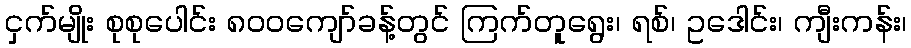
ငှက်မျိုး စုစုပေါင်း ၈၀၀ကျော်ခန့်တွင် ကြက်တူရွေး၊ ရစ်၊ ဥဒေါင်း၊ ကျီးကန်း၊